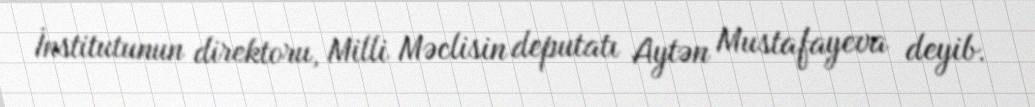
İnstitutunun direktoru, Milli Məclisin deputatı Aytən Mustafayeva deyib.